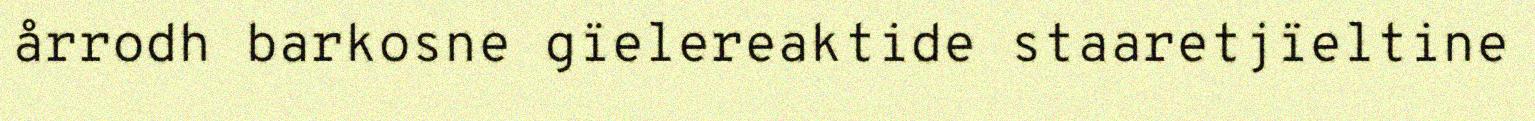
årrodh barkosne gïelereaktide staaretjïeltine